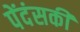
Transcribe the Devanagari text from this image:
पेंदंसकी